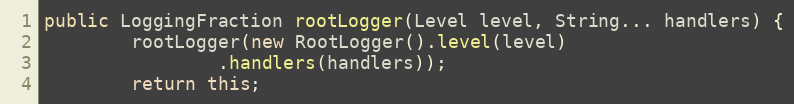
Language: Java
public LoggingFraction rootLogger(Level level, String... handlers) {
        rootLogger(new RootLogger().level(level)
                .handlers(handlers));
        return this;